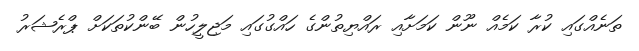
ތަނެއްގައި ކުރާ ކަމެއް ނޫން ކަމަށާއި ރައްޔިތުންގެ ހައްގުގައި މަޖިލީހުން ބޭންކުތަކަށް ޕްރެޝަރު